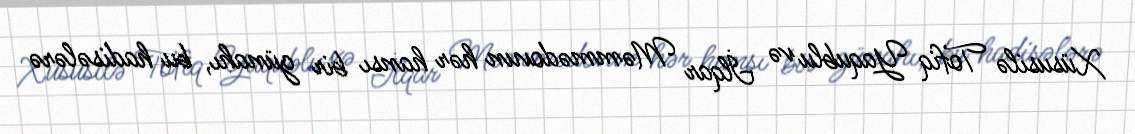
Xüsusilə Tofiq Yaqublu və İlqar Məmmədovun hər hansı bir günahı, bu hadisələrə